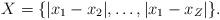
LaTeX: \begin{align*}X=\{|x_1-x_2|,\dots,|x_1-x_Z|\}.\end{align*}